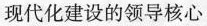
现代化建设的领导核心